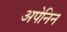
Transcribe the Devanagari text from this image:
अपेनिन